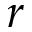
r